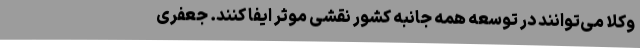
وکلا می‌توانند در توسعه همه جانبه کشور نقشی موثر ایفا کنند. جعفری